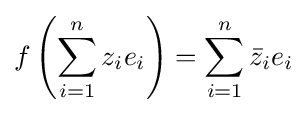
f\left(\sum _{i=1}^{n}z_{i}e_{i}\right)=\sum _{i=1}^{n}{\bar {z}}_{i}e_{i}